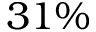
3 1 \%